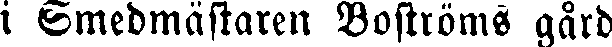
i Smedmästaren Boströms gård